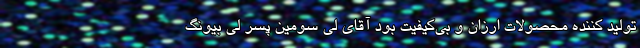
تولید کننده محصولات ارزان و بی‌کیفیت بود آقای لی سومین پسر لی بیونگ